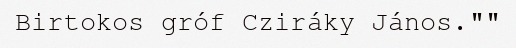
Birtokos gróf Cziráky János.""